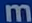
m